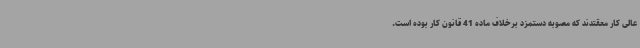
عالی کار معقتدند که مصوبه دستمزد برخلاف ماده 41 قانون کار بوده است.